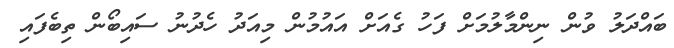
ބައްދަލު ވުން ނިންމާލުމަށް ފަހު ގެއަށް އައުމުން މިއަދު ހެދުނު ސައިބޯން ތިބެފައި